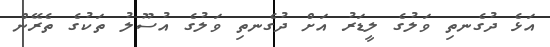
އަޅެ ދުގެނތި ވަލުގެ ލީޑަރު އަށް ދުގެނތި ވަލުގެ އުސޫލު ތަކުގެ ތެރޭން